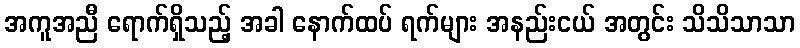
အကူအညီ ရောက်ရှိသည့် အခါ နောက်ထပ် ရက်များ အနည်းငယ် အတွင်း သိသိသာသာ